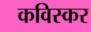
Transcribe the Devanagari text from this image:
कविस्कर